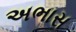
અભાસ